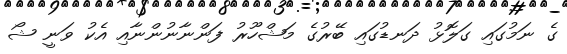
ގެ ނަމުގައި ގަލޮޅު ދަނޑުގައި ބޭރުގެ މަޝްހޫރު ފަންނާނުންނާއި އެކު ވަނީ ޝޯ